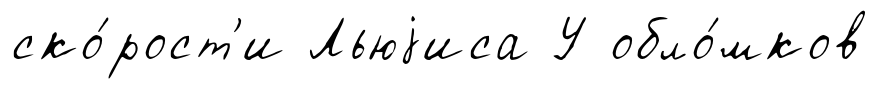
ско́рост'и Льюjиса У обло́мков